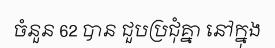
ចំនួន 62 បាន ជួបប្រជុំគ្នា នៅក្នុង